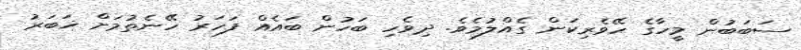
ސަބަބުން މީހާގެ ހޭވެރިކަން ގެއްލުމެވެ. ދިވެހި ބަހުން ބައެއް ފަހަރު ހޭނެތުމަށް ޚަބަރު